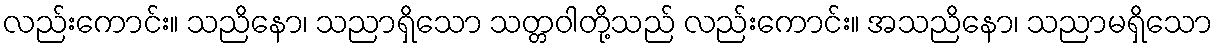
လည်းကောင်း။ သညိနော၊ သညာရှိသော သတ္တဝါတို့သည် လည်းကောင်း။ အသညိနော၊ သညာမရှိသော